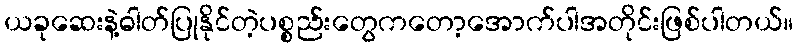
ယခုဆေးနဲ့ဓါတ်ပြုနိုင်တဲ့ပစ္စည်းတွေကတော့အောက်ပါအတိုင်းဖြစ်ပါတယ်။